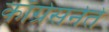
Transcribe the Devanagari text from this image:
काँग्रेसनेते